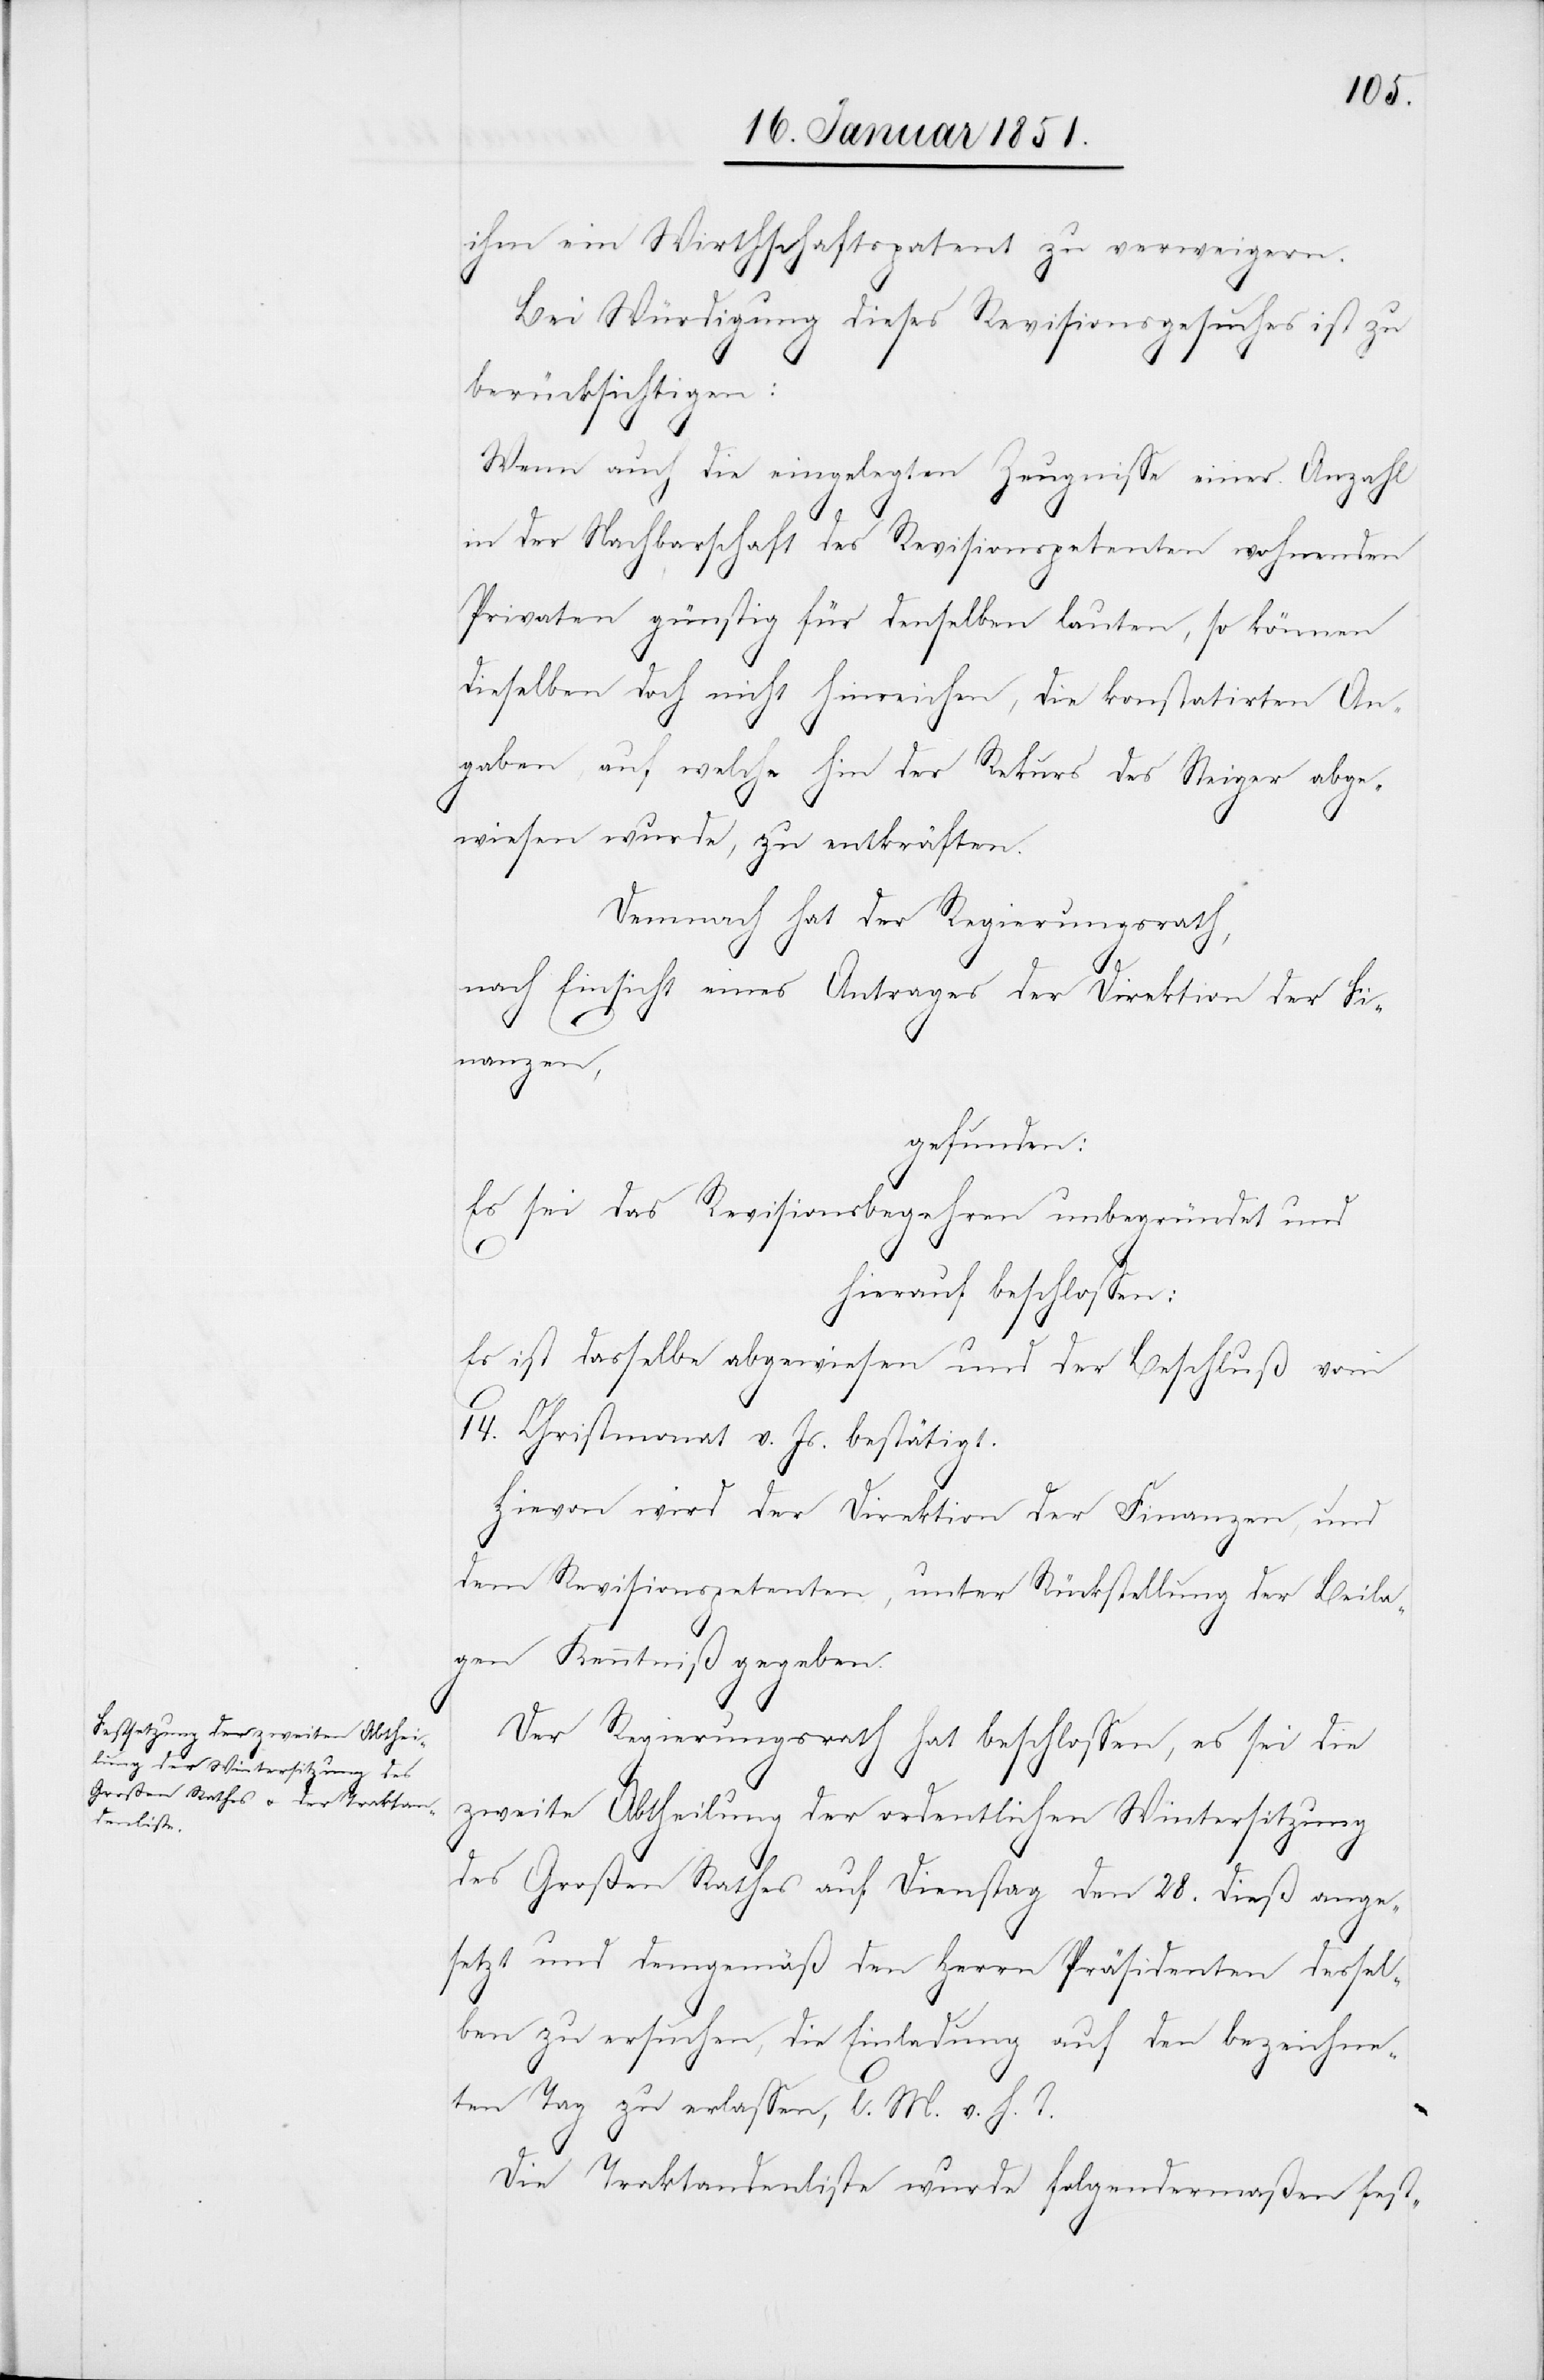
ihm ein Wirthschaftspatent zu verweigern.
Bei Würdigung dieses Revisionsgesuches ist zu
berücksichtigen:
Wenn auch die eingelegten Zeugnisse einer Anzahl
in der Nachbarschaft des Revisionspetenten wohnenden
Privaten günstig für denselben lauten, so können
dieselben doch nicht hinreichen, die konstatirten An¬
gaben, auf welche hin der Rekurs des Steiger abge¬
wiesen wurde, zu entkräften.
Demnach hat der Regierungsrath,
nach Einsicht eines Antrages der Direktion der Fi¬
nanzen,
gefunden:
Es sei das Revisionsbegehren unbegründet und
hierauf beschlossen:
Es ist dasselbe abgewiesen und der Beschluß vom
14. Christmonat v. Js. bestätigt.
Hievon wird der Direktion der Finanzen, und
dem Revisionspetenten, unter Rückstellung der Beila¬
gen Kenntniß gegeben.
Der Regierungsrath hat beschlossen, es sei die
zweite Abtheilung der ordentlichen Wintersitzung
des Großen Rathes auf Dienstag den 28. dieß ange¬
setzt und demgemäß den Herrn Präsidenten dessel¬
ben zu ersuchen, die Einladung auf den bezeichne¬
ten Tag zu erlassen, l. M. v. h. T.
Die Traktandenliste wurde folgendermaßen fest-